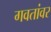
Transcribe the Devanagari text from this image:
गवतांवर